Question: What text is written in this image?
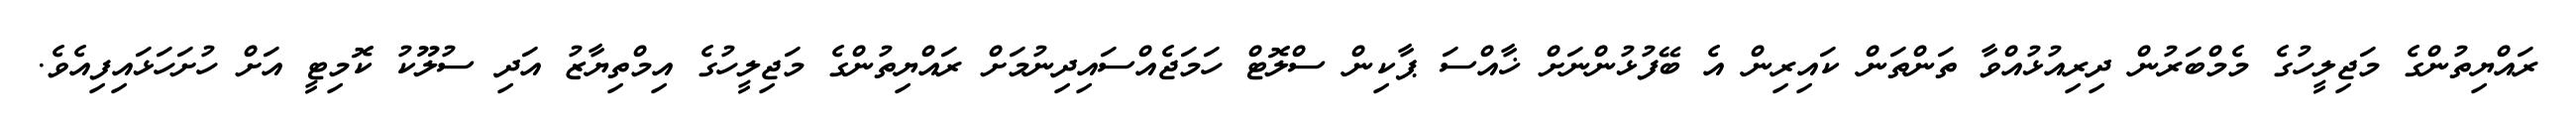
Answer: ރައްޔިތުންގެ މަޖިލީހުގެ މެމްބަރުން ދިރިއުޅުއްވާ ތަންތަން ކައިރިން އެ ބޭފުޅުންނަށް ޚާއްސަ ޕާކިން ސްލޮޓް ހަމަޖެއްސައިދިނުމަށް ރައްޔިތުންގެ މަޖިލީހުގެ އިމްތިޔާޒު އަދި ސުލޫކު ކޮމިޓީ އަށް ހުށަހަޅައިފިއެވެ.